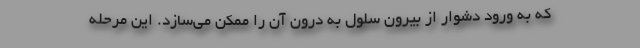
که به ورود دشوار از بیرون سلول به درون آن را ممکن می‌سازد. این مرحله